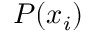
{ \cal P } ( x _ { i } )